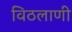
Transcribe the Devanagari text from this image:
विठलाणी